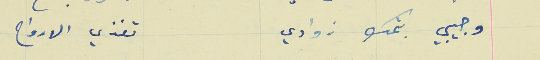
وجيبي بتمك زوادي                                                      تغذي الارواح